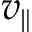
v _ { \parallel }